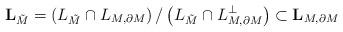
LaTeX: \begin{align*}\mathbf{L}_{\tilde{M}}=\left({L}_{\tilde{ M}}\cap L_{M,\partial M}\right)/\left({L}_{\tilde{ M}}\cap {L}_{M,\partial M}^\bot\right)\subset \mathbf{L}_{M,\partial M}\end{align*}